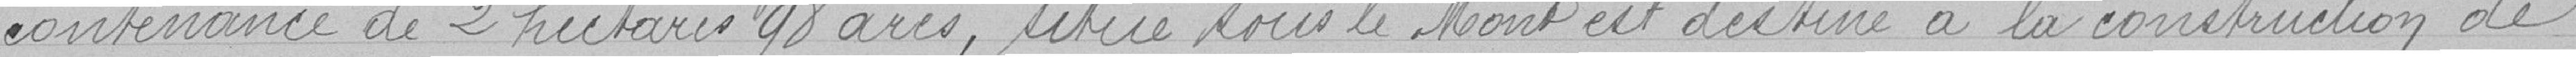
contenance de 2 hectares 98 ares, situé sous le Mont et destinée à la construction de